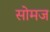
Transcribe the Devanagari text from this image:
सोमज